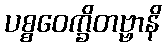
ပစ္စဝေက္ခိတဗ္ဗာနိ